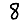
Digit: 8